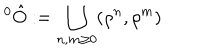
LaTeX: ^ { 0 } \hat { O } : = \bigcup _ { n , m \geq 0 } ( \rho ^ { n } , \rho ^ { m } )